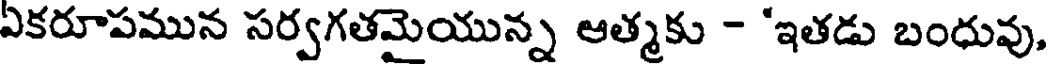
ఏకరూపమున సర్వగతమైయున్న ఆత్మకు - 'ఇతడు బంధువు,